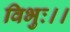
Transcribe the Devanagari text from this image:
विभुः।।